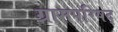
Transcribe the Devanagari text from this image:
ग्रामपरिषद्